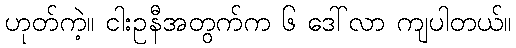
ဟုတ်ကဲ့။ ငါးဥနီအတွက်က ၆ ဒေါ်လာ ကျပါတယ်။